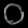
Digit: ၀